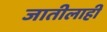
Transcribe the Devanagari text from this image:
जातीलाही